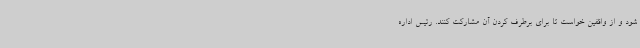
شود و از واقفین خواست تا برای برطرف کردن آن مشارکت کنند. رئیس اداره